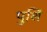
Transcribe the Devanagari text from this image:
पुशिं